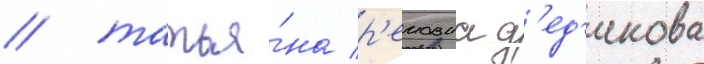
/ татья́на р'емовна д'ед'икова